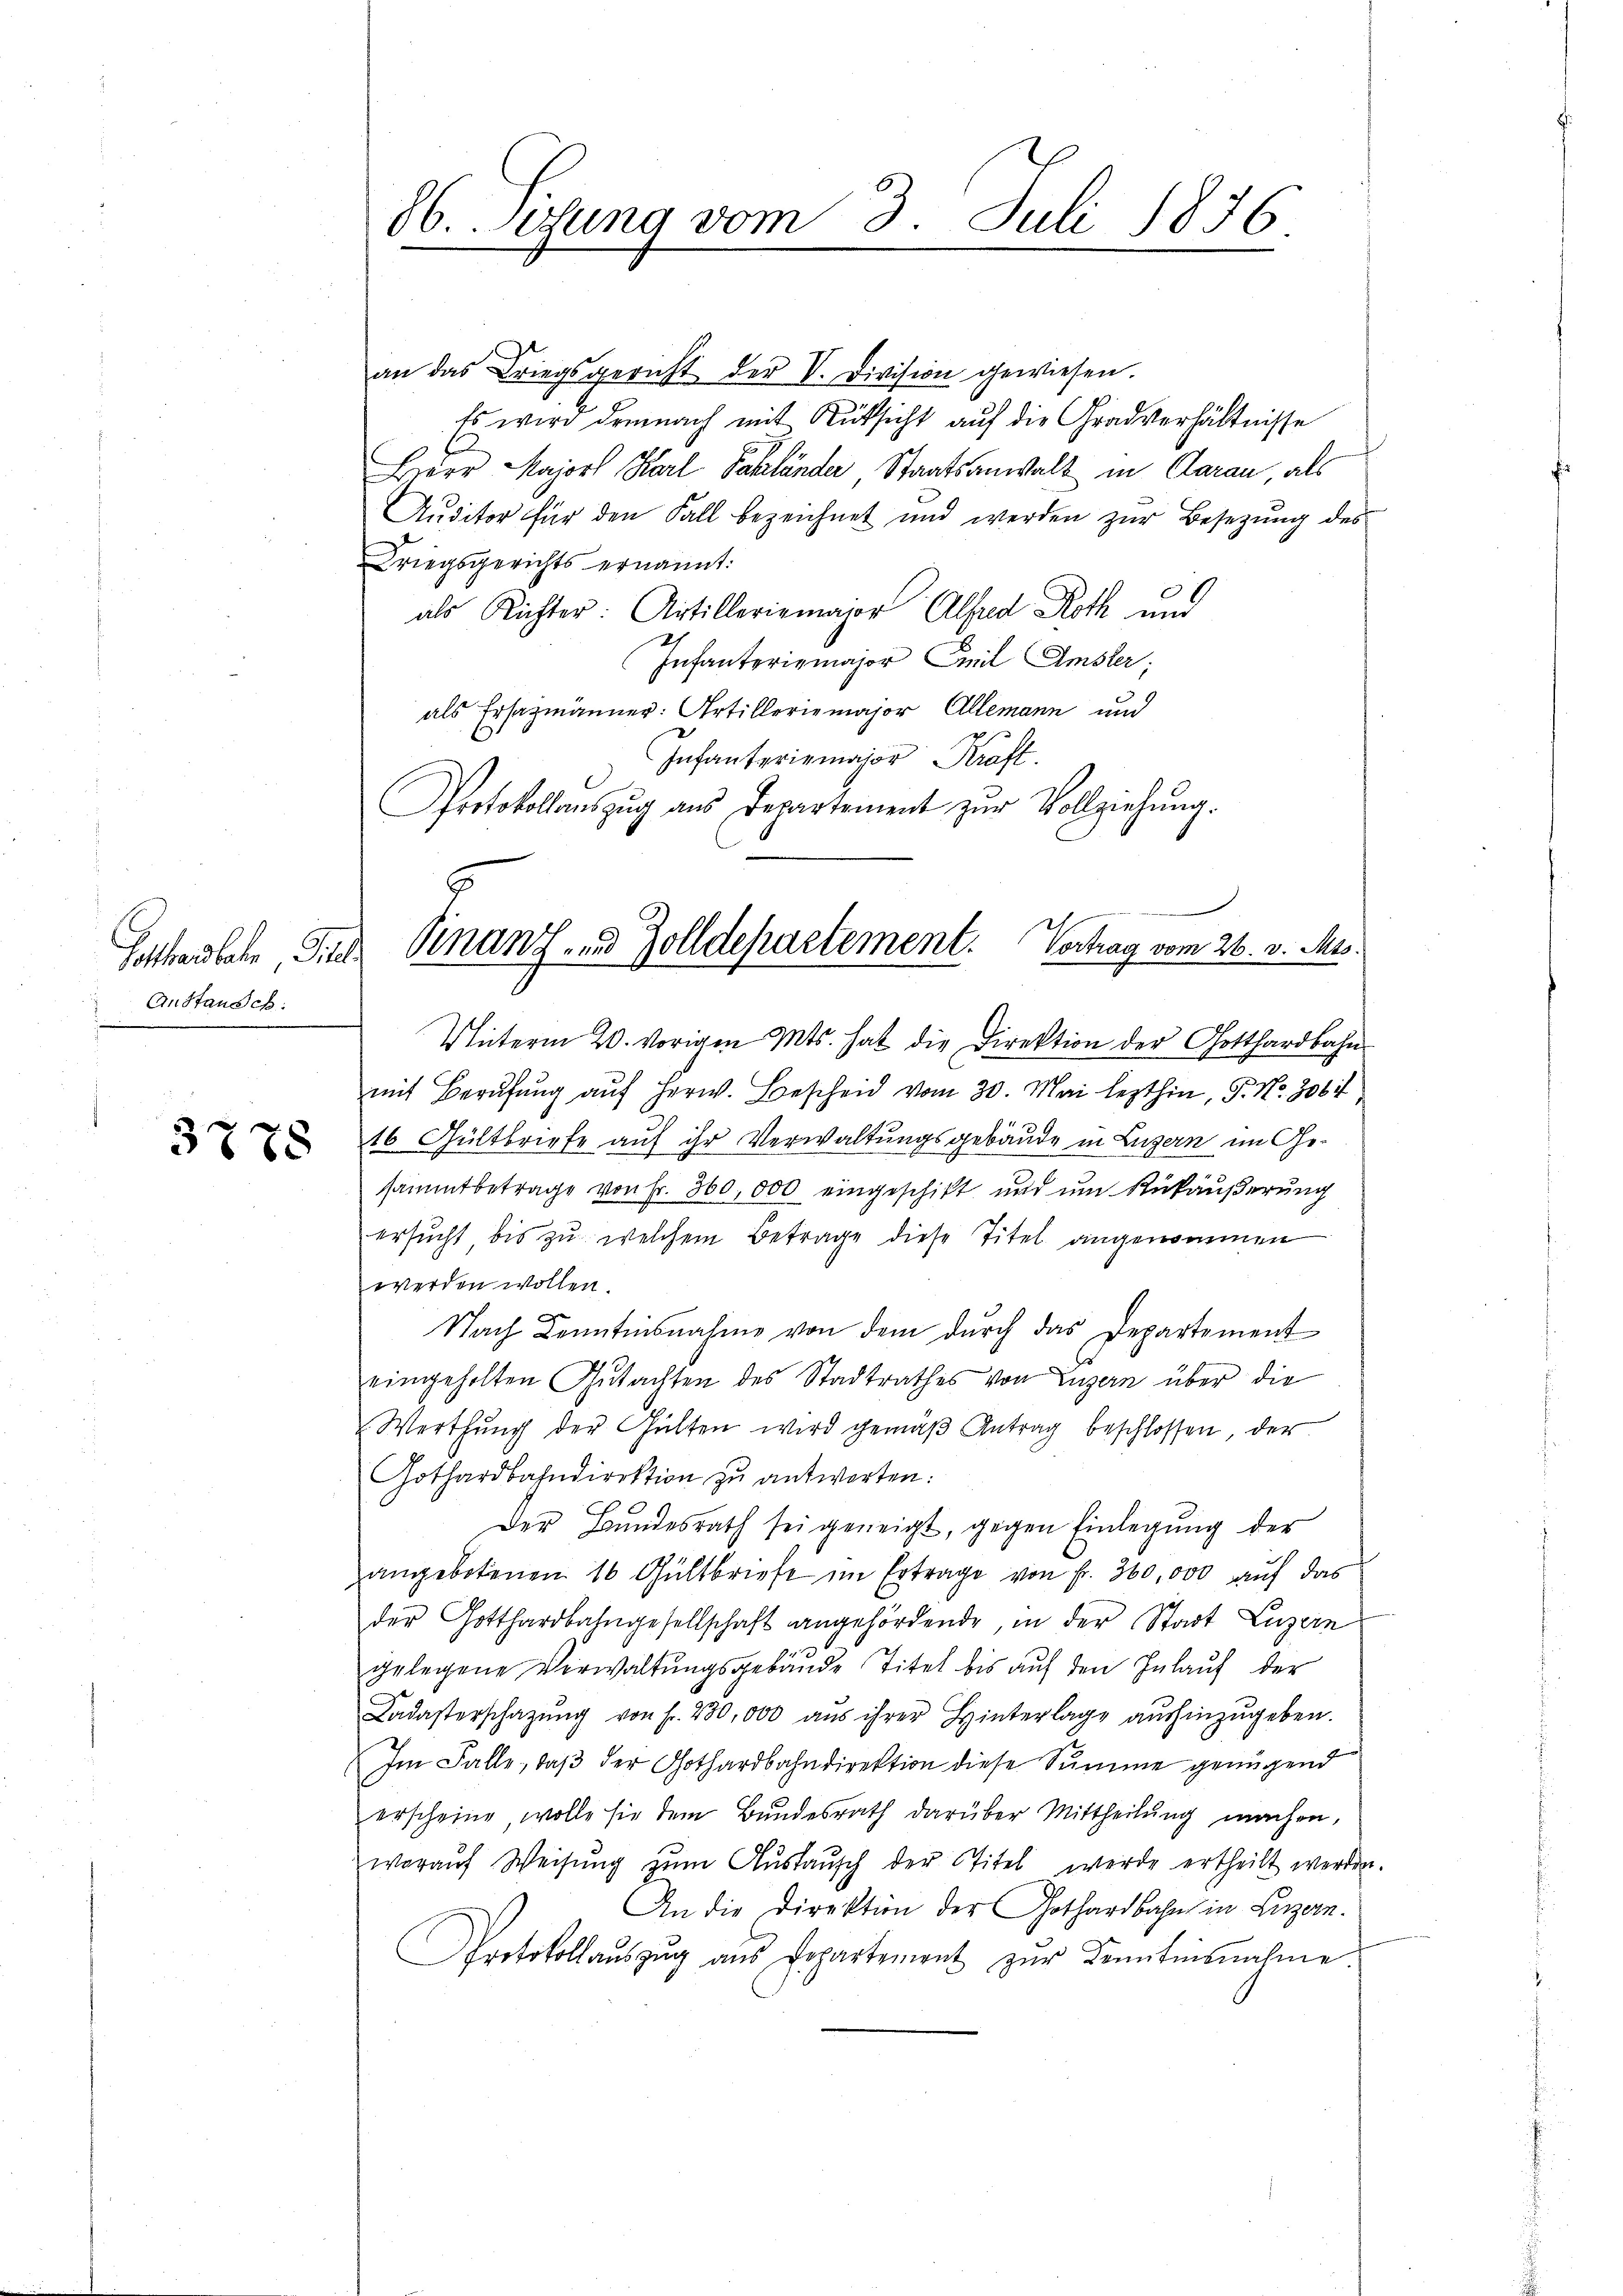
Setten habe, d
Anstausch.

3888

an das Kriegsgericht der V. Division gewiesen.
Es wird demnach mit Rücksicht auf die Gradverhältnisse
Bierr Majors Karl Pahländer, Staatsanwalt in Aarau als
Auditor für den Fall bezeichnet und werden zur Besetzung des
Kriegsgerichts ernannt:
als Richter: Artilleriemajor Alfred Roth und
Infanterismajor Emil Amster;
als Ersatzmänner: Artillerie major Allemann und
Infanteriemajor Kraft.
Protokollauszug aus Departement zŭr Vollziehŭng.

86. Setung vom 3. Juli 1876

Finanz- und Zolldepartement. Vortrag vom 26. v. Mts.

Unterm 20. vorigen Mts. hat die Direktion der Gotthardbahn
mit Berufung aŭf herw. Bescheid vom 30. Mai lezthin, P. Nr. 306
16 Gültbriefe auf ihr Verwaltungsgebäude in Luzern im Gesammtbetrage von Fr. 300,000 eingeschikt und um Rükäußerung
ersucht bis zu welchem Betrage diese Titel angenommen
werden wollen.
Nach Kenntnisnahme von dem dŭrch das Departement

eingeholten Gutachten des Stadtrathes von Luzern über die
Werthung der Gülten wird gemäβ Antrag beschlossen der
Gothardbahndirektion zu antworten:
Der Bundesrath sei geneigt, gegen Einlegung der
angebotenen 16 Gültbriefe im Ertrage von Fr. 360,000 auf das
der Gotthardbahngesellschaft angehördende, in der Stadt Luzern
gelegene Verwaltungsgebäude Titel bis auf den Inlauf der
Kadasterschatzŭng von fr. 230,000 aŭs ihrer Hinterlage aŭshinzŭgeben.
Im Falle, daß der Gothardbahndirektion diese Summe genügend
erscheine, wolle sie dem Bundesrath darüber Mittheilung machen,
woraŭf Weisŭng zŭm Aŭstaŭsch der Titel werde ertheilt werden.
An die Direktion der Gothardbahn in Luzern.
Protokollaŭszŭg ans Departement zŭr Kenntnisnahme